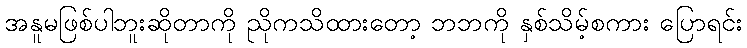
အနူမဖြစ်ပါဘူးဆိုတာကို ညိုကသိထားတော့ ဘဘကို နှစ်သိမ့်စကား ပြောရင်း